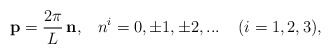
\begin{align*}{\bf p} = \frac{2 \pi}{L} \, {\bf n}, \;\;\; n^i = 0, \pm1, \pm2, ... \;\;\;\; (i = 1, 2, 3) ,\end{align*}